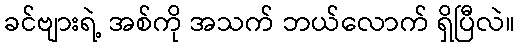
ခင်ဗျားရဲ့ အစ်ကို အသက် ဘယ်လောက် ရှိပြီလဲ။